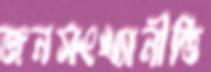
জনসংখ্যানীতি